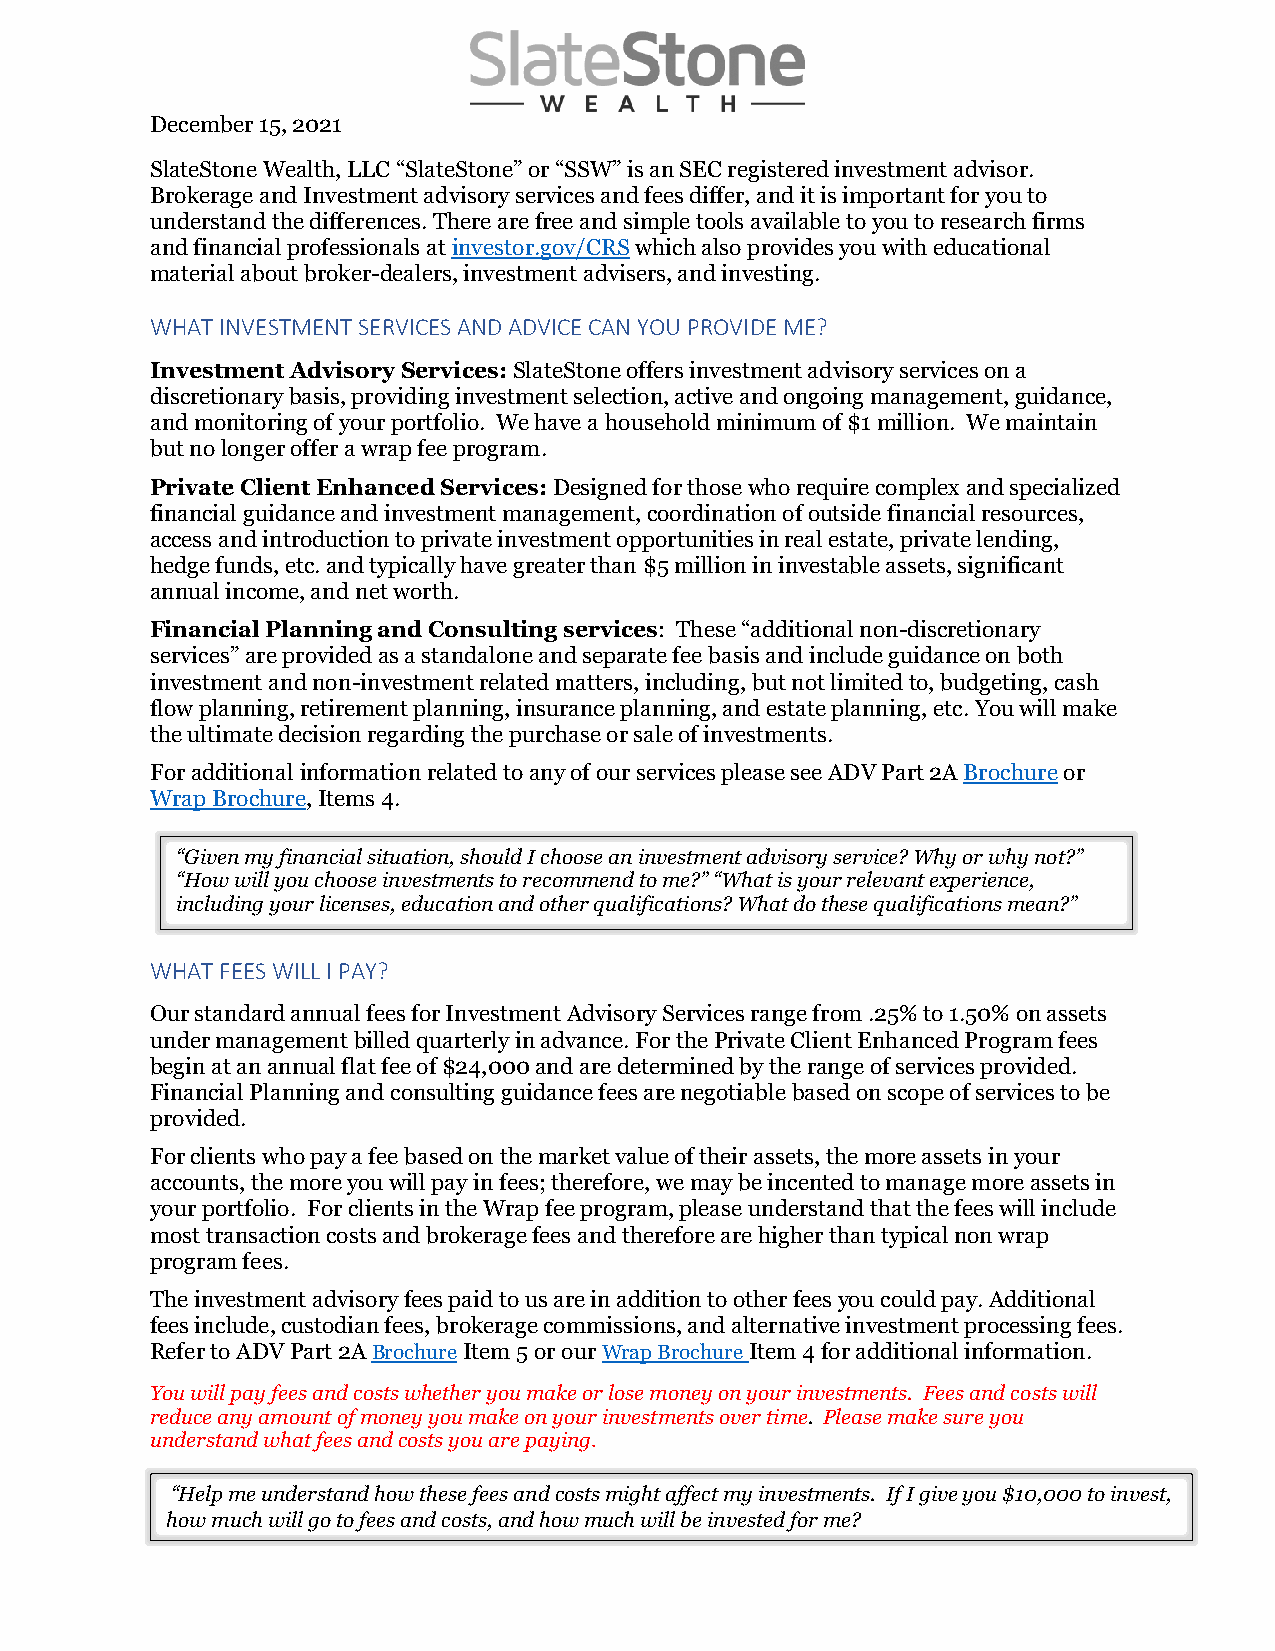
December 15, 2021
 SlateStone Wealth, LLC “SlateStone” or “SSW” is an SEC registered investment advisor.
 Brokerage and Investment advisory services and fees differ, and it is important for you to
 understand the differences. There are free and simple tools available to you to research firms
 and financial professionals at investor.gov/CRS which also provides you with educational
 material about broker-dealers, investment advisers, and investing.
 WHAT INVESTMENT SERVICES AND ADVICE CAN YOU PROVIDE ME?
 Investment Advisory Services: SlateStone offers investment advisory services on a
 discretionary basis, providing investment selection, active and ongoing management, guidance,
 and monitoring of your portfolio. We have a household minimum of $1 million. We maintain
 but no longer offer a wrap fee program.
 Private Client Enhanced Services: Designed for those who require complex and specialized
 financial guidance and investment management, coordination of outside financial resources,
 access and introduction to private investment opportunities in real estate, private lending,
 hedge funds, etc. and typically have greater than $5 million in investable assets, significant
 annual income, and net worth.
 Financial Planning and Consulting services: These “additional non-discretionary
 services” are provided as a standalone and separate fee basis and include guidance on both
 investment and non-investment related matters, including, but not limited to, budgeting, cash
 flow planning, retirement planning, insurance planning, and estate planning, etc. You will make
 the ultimate decision regarding the purchase or sale of investments.
 For additional information related to any of our services please see ADV Part 2A Brochure or
 Wrap Brochure, Items 4.
 “Given my financial situation, should I choose an investment advisory service? Why or why not?”
 “How will you choose investments to recommend to me?” “What is your relevant experience,
 including your licenses, education and other qualifications? What do these qualifications mean?”
 WHAT FEES WILL I PAY?
 Our standard annual fees for Investment Advisory Services range from .25% to 1.50% on assets
 under management billed quarterly in advance. For the Private Client Enhanced Program fees
 begin at an annual flat fee of $24,000 and are determined by the range of services provided.
 Financial Planning and consulting guidance fees are negotiable based on scope of services to be
 provided.
 For clients who pay a fee based on the market value of their assets, the more assets in your
 accounts, the more you will pay in fees; therefore, we may be incented to manage more assets in
 your portfolio. For clients in the Wrap fee program, please understand that the fees will include
 most transaction costs and brokerage fees and therefore are higher than typical non wrap
 program fees.
 The investment advisory fees paid to us are in addition to other fees you could pay. Additional
 fees include, custodian fees, brokerage commissions, and alternative investment processing fees.
 Refer to ADV Part 2A Brochure Item 5 or our Wrap Brochure Item 4 for additional information.
 You will pay fees and costs whether you make or lose money on your investments. Fees and costs will
 reduce any amount of money you make on your investments over time. Please make sure you
 understand what fees and costs you are paying.
 “Help me understand how these fees and costs might affect my investments. If I give you $10,000 to invest,
 how much will go to fees and costs, and how much will be invested for me?